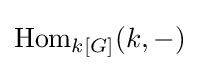
\operatorname {Hom} _{k[G]}(k,-)